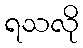
ရသလို